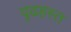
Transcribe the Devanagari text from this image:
दृढहस्त